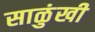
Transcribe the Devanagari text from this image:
साळुंखी